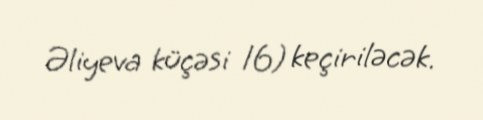
Əliyeva küçəsi 16) keçiriləcək.